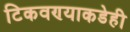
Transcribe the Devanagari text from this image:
टिकवण्याकडेही